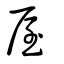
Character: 屋